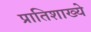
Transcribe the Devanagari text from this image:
प्रातिशाख्ये